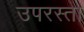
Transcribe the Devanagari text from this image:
उपरस्ता